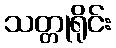
သတ္တုရိုင်း